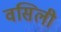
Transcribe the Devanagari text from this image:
वसिली